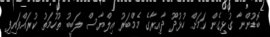
ބޮޑުންނާ ގުޅިގެން ކަމަށް ހުޅުދޫ ދާއިރާގެ މެމްބަރު އިލްޔާސް ލަބީބު ތުހުމަތު ކުރައްވައިފި